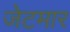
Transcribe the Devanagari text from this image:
जेटमार